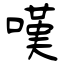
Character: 嘆